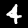
Digit: 4